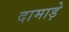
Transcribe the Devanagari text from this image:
दामाड़े